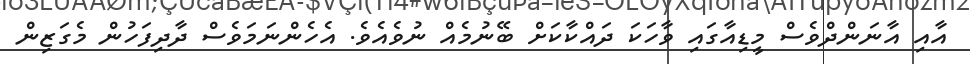
އާއި އާނަންދްވެސް މީޑިއާގައި ވާހަކަ ދައްކާކަށް ބޭނުމެއް ނުވެއެވެ. އެހެންނަމަވެސް ދާދިފަހުން މެގަޒިން